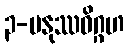
၃-မနုဿဝိဂ္ဂဟ